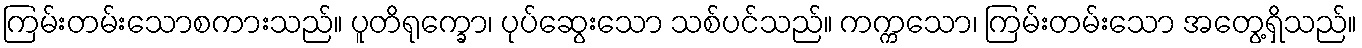
ကြမ်းတမ်းသောစကားသည်။ ပူတိရုက္ခော၊ ပုပ်ဆွေးသော သစ်ပင်သည်။ ကက္ကသော၊ ကြမ်းတမ်းသော အတွေ့ရှိသည်။